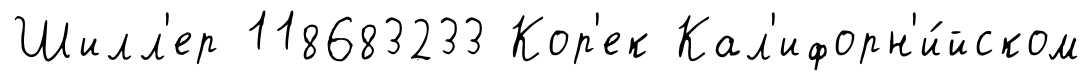
Шилл'ер 118683233 Кор'ек Кал'ифорн'и́йском